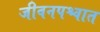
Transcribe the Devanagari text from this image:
जीवनपश्चात